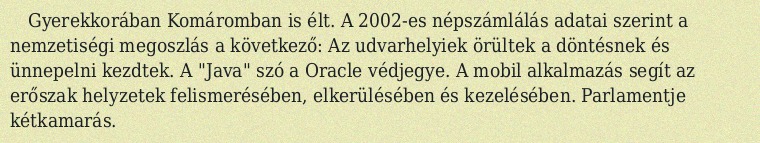
Gyerekkorában Komáromban is élt. A 2002-es népszámlálás adatai szerint a nemzetiségi megoszlás a következő: Az udvarhelyiek örültek a döntésnek és ünnepelni kezdtek. A "Java" szó a Oracle védjegye. A mobil alkalmazás segít az erőszak helyzetek felismerésében, elkerülésében és kezelésében. Parlamentje kétkamarás.